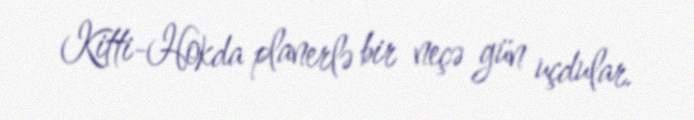
Kitti-Hokda planerlə bir neçə gün uçdular.